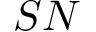
S N